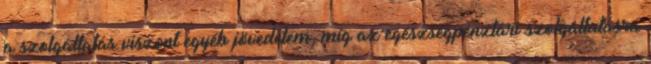
a szolgáltatás viszont egyéb jövedelem, míg az egészségpénztári szolgáltatásra